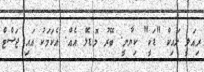
ރިއަލީ ލައިކް "ޑަކީ" ކިޔާނީ. ބޭރު މޮޑެލް އެއް. އެކަމަކު އައި ޖަސްޓް